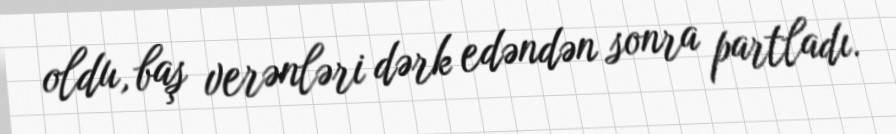
oldu, baş verənləri dərk edəndən sonra partladı.